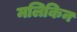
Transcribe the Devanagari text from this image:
मलिकिन